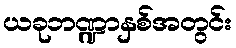
ယခုဘဏ္ဍာနှစ်အတွင်း